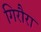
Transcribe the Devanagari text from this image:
गिरौरा